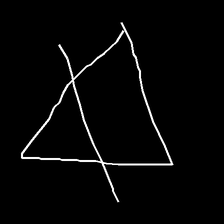
Glyph: empower